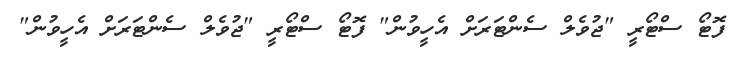
ފޮޓޯ ސްޓޯރީ "ޖުވެލް ސެންޓަރަށް އެހީވުން" ފޮޓޯ ސްޓޯރީ "ޖުވެލް ސެންޓަރަށް އެހީވުން"